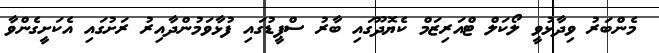
މެންބަރު ވިދާޅުވީ ލޯކަލް ޓްއަރިޒަމް ކެޔޮދޫގައި ބާރު ސްޕީޑުގައި ފުޅާވަމުންދާއިރު ރަށުގައި އެކަށީގެންވާ